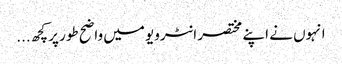
انہوں نے اپنے مختصر انٹرویو میں واضح طور پر کچھ...